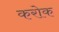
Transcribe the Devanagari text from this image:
करोक